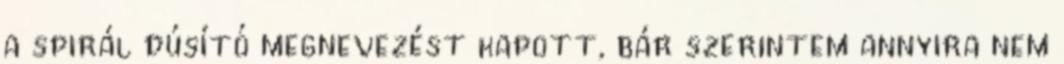
a spirál dúsító megnevezést kapott, bár szerintem annyira nem